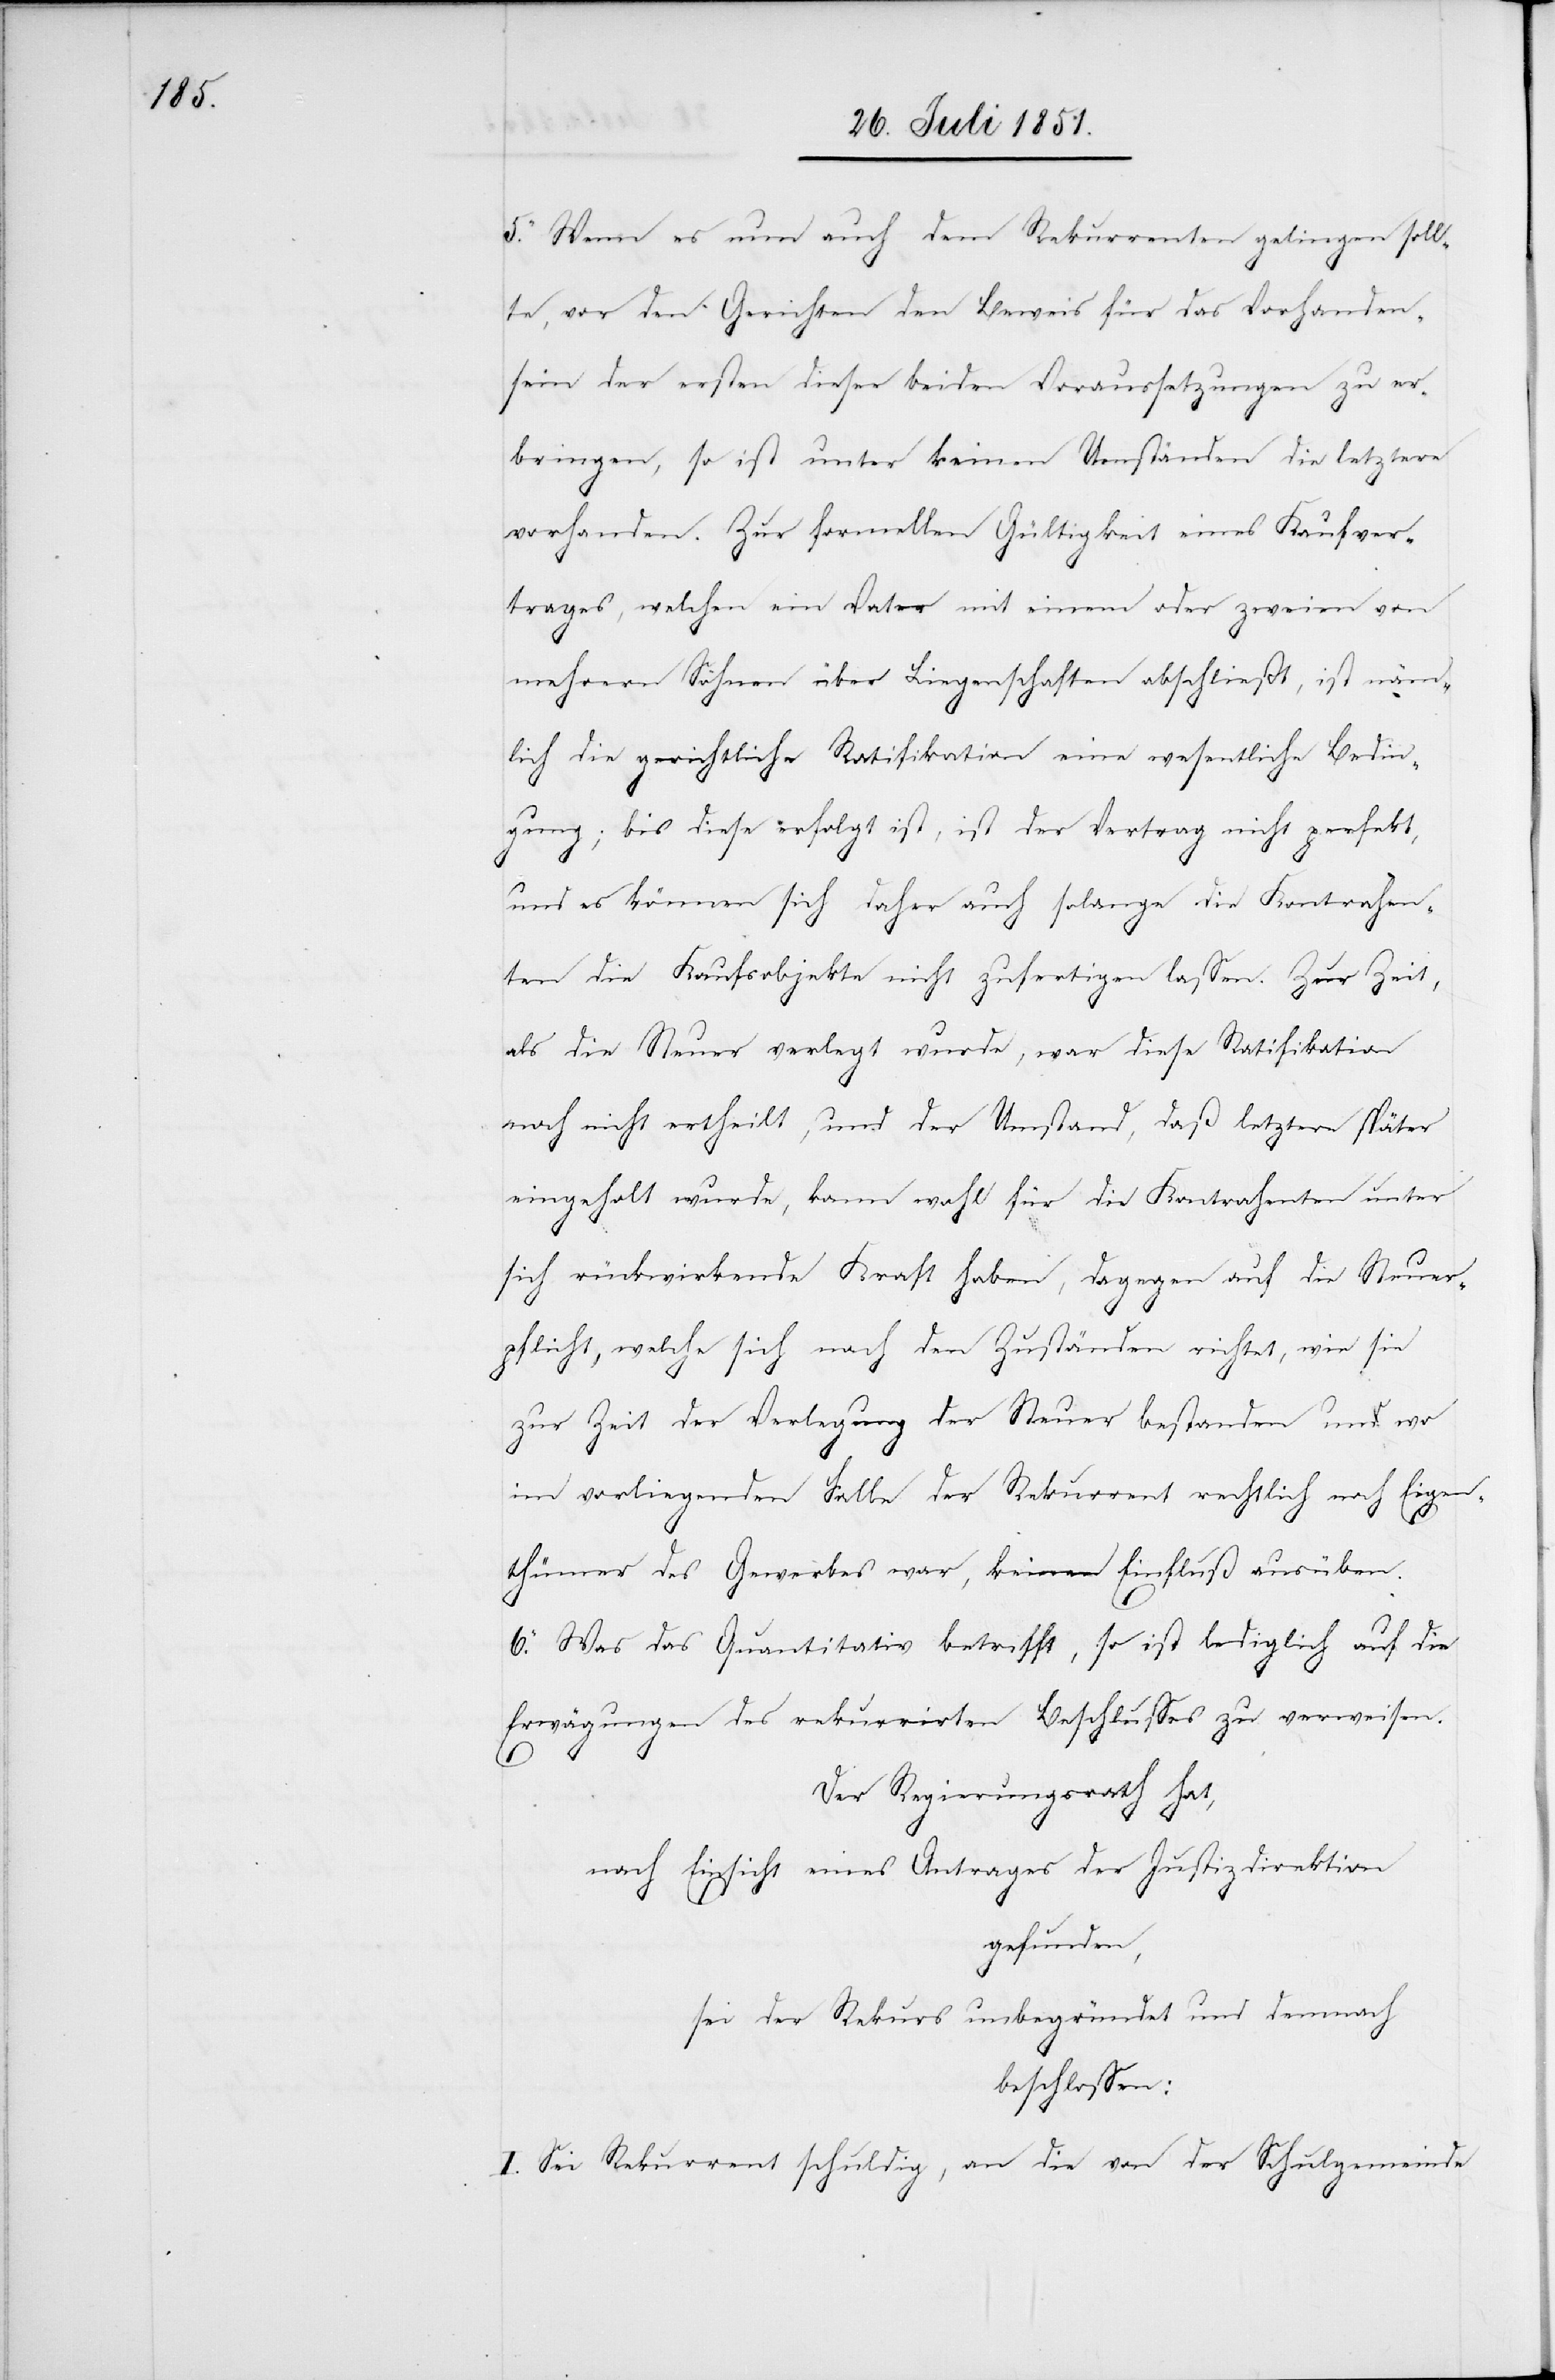
5. Wenn es nun auch dem Rekurrenten gelingen soll¬
te, vor den Gerichten den Beweis für das Vorhanden¬
sein der ersten dieser beiden Voraussetzungen zu er¬
bringen, so ist unter keinen Umständen die letztere
vorhanden. Zur formellen Gültigkeit eines Kaufver¬
trages, welchen ein Vater mit einem oder zweien von
mehrern Söhnen über Liegenschaften abschließt, ist näm¬
lich die gerichtliche Ratifikation eine wesentliche Bedin¬
gung; bis diese erfolgt ist, ist der Vertrag nicht perfekt,
und es können sich daher auch solange die Kontrahen¬
ten die Kaufsobjekte nicht zufertigen lassen. Zur Zeit,
als die Steuer verlegt wurde, war diese Ratifikation
noch nicht ertheilt, und der Umstand, daß letztere später
eingeholt wurde, kann wohl für die Kontrahenten unter
sich rückwirkende Kraft haben, dagegen auf die Steuer¬
pflicht, welche sich nach den Zuständen richtet, wie sie
zur Zeit der Verlegung der Steuer bestanden und wo
im vorliegenden Falle der Rekurrent rechtlich noch Eigen¬
thümer des Gewerbes war, keinen Einfluß ausüben.
6. Was das Quantitativ betrifft, so ist lediglich auf die
Erwägungen des rekurrirten Beschlusses zu verweisen.
Der Regierungsrath hat,
nach Einsicht eines Antrages der Justizdirektion
gefunden,
sei der Rekurs unbegründet und demnach
beschlossen:
I. Sei Rekurrent schuldig, an die von der Schulgemeinde